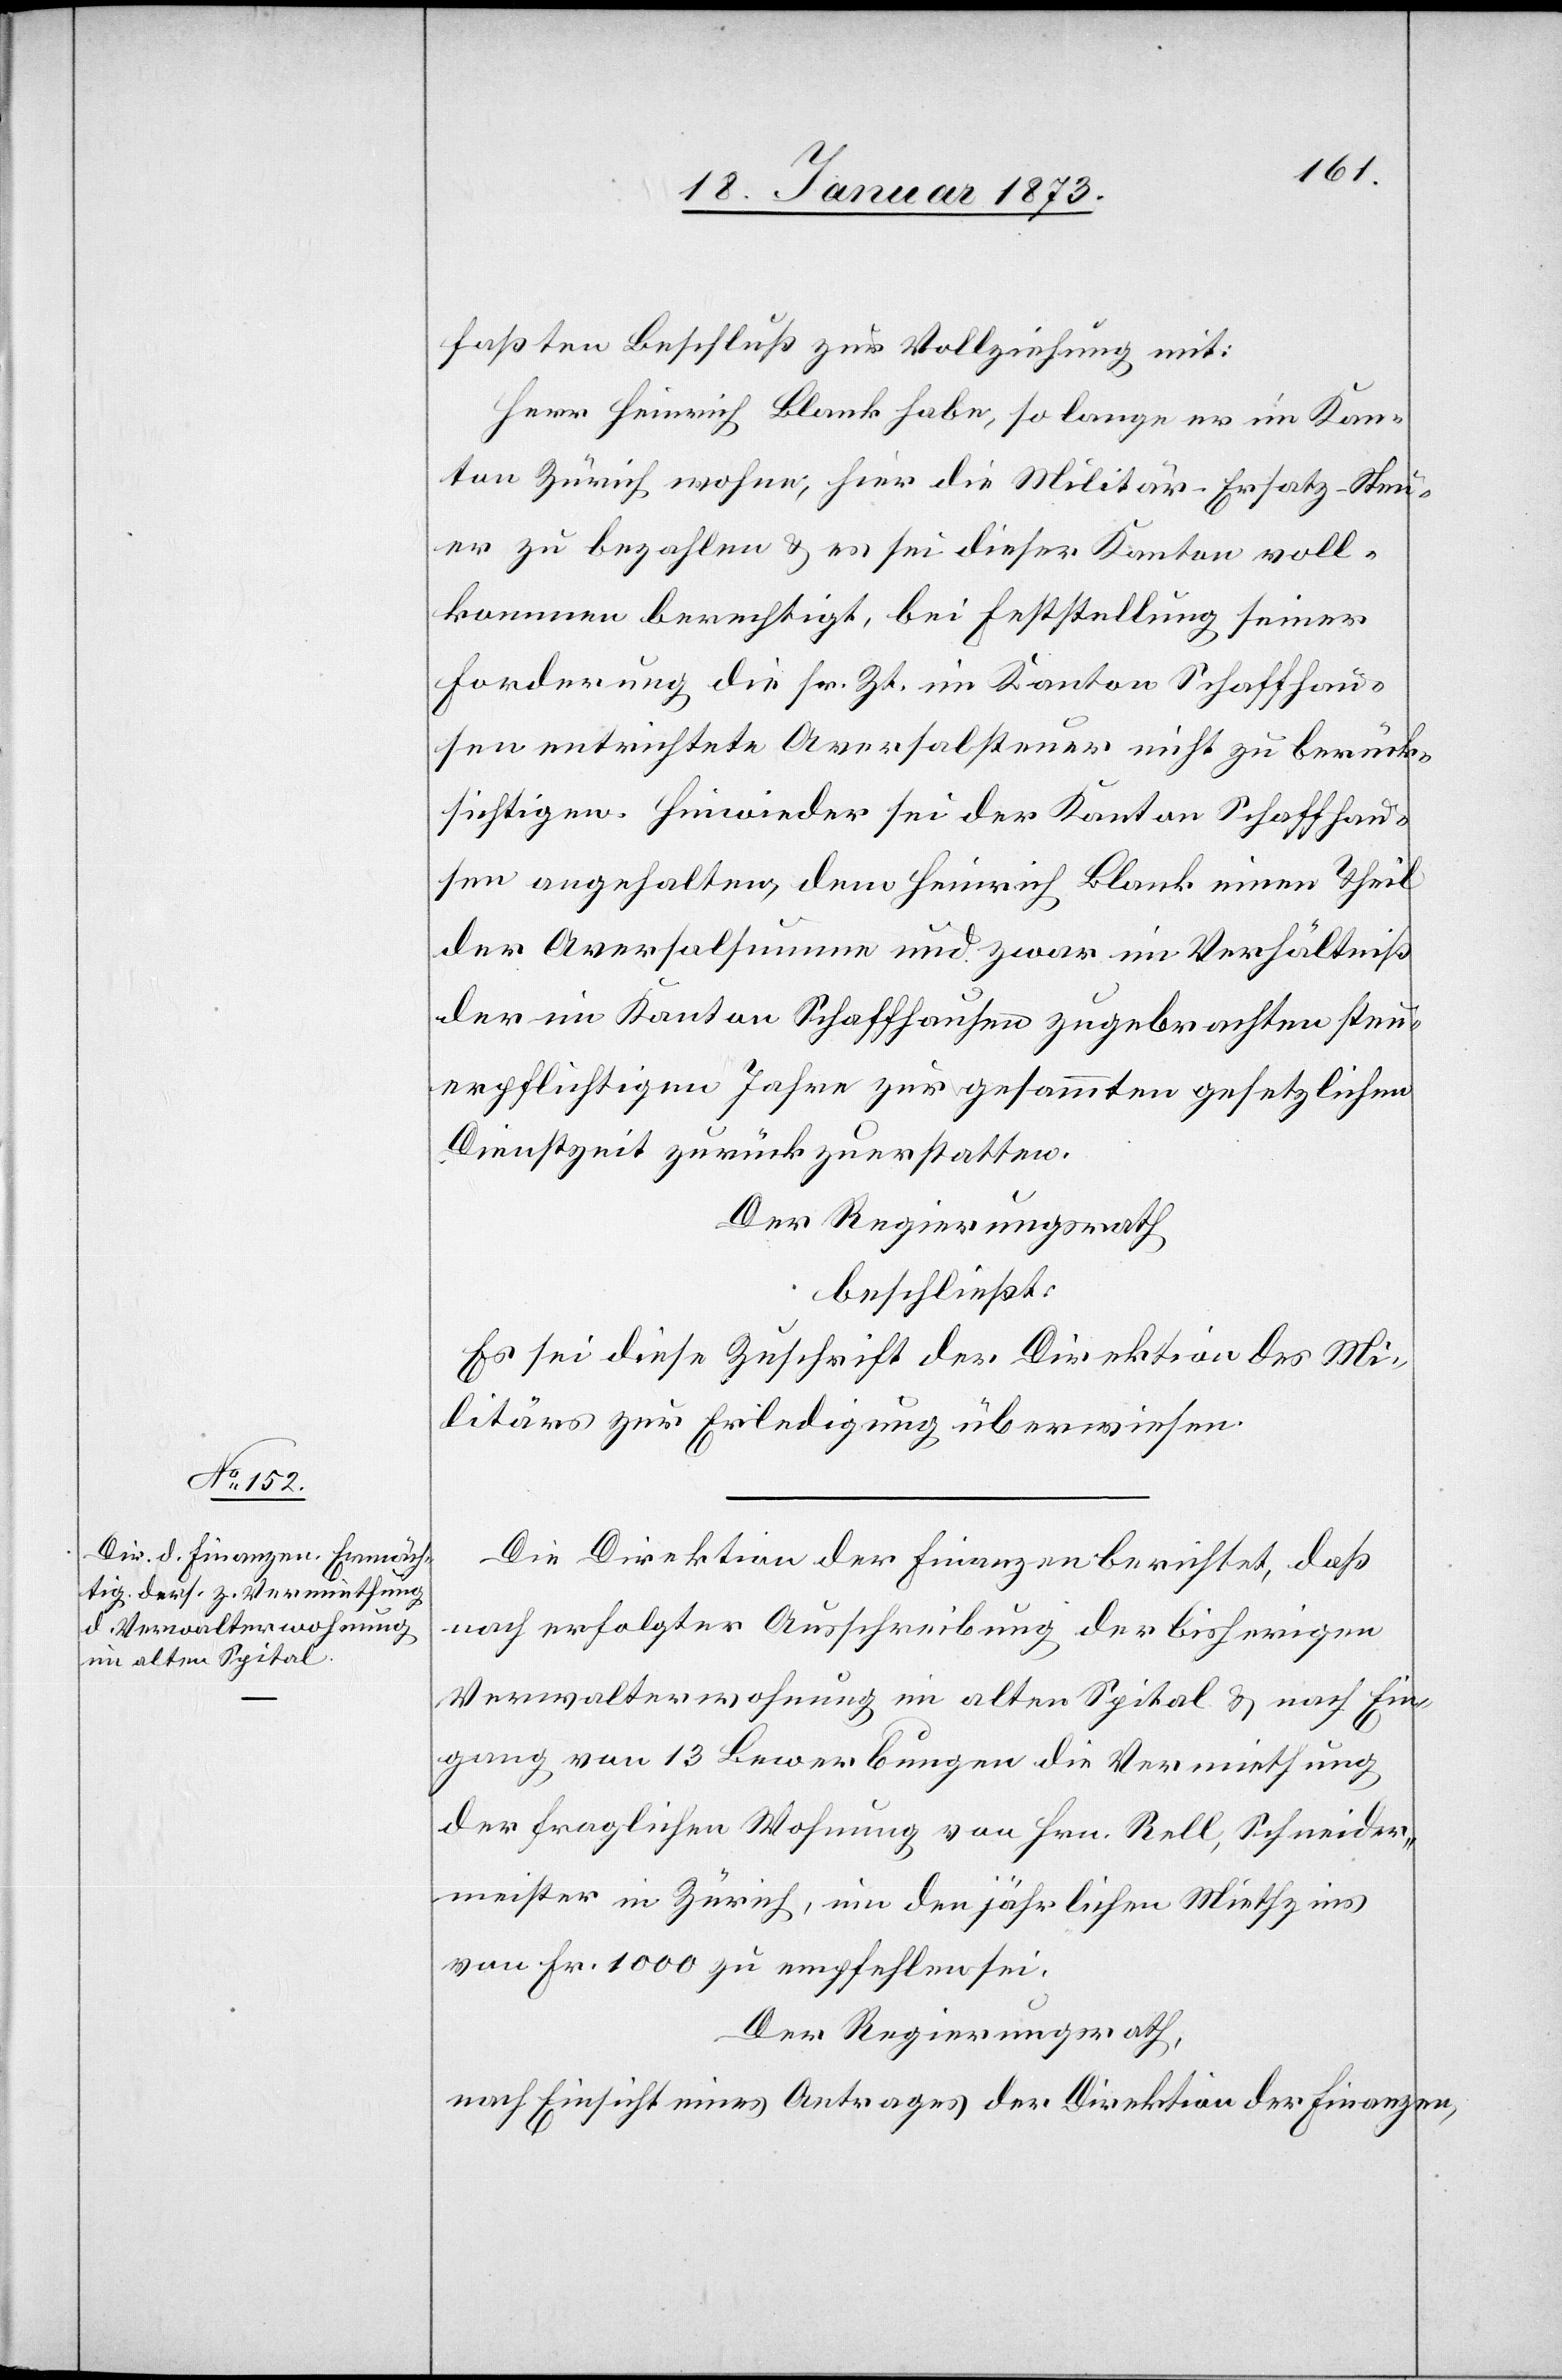
faßten Beschluß zur Vollziehung mit:
Herr Heinrich Blank habe, so lange er im Kan¬
ton Zürich wohne, hier die Militär-Ersatz-Steu¬
er zu bezahlen u. es sei dieser Kanton voll¬
kommen berechtigt, bei Feststellung seiner
Forderung die sr. Zt. im Kanton Schaffhau¬
sen entrichtete Aversalsteuer nicht zu berück¬
sichtigen. Hinwieder sei der Kanton Schaffhau¬
sen angehalten, dem Heinrich Blank einen Theil
der Aversalsumme und zwar im Verhältniß
der im Kanton Schaffhausen zugebrachten steu¬
erpflichtigen Jahre zur gesammten gesetzlichen
Dienstzeit zurückzuerstatten.
Der Regierungsrath
beschließt:
Es sei diese Zuschrift der Direktion des Mi¬
litärs zur Erledigung überwiesen.
Die Direktion der Finanzen berichtet, daß
nach erfolgter Ausschreibung der bisherigen
Verwalterwohnung im alten Spital u. nach Ein¬
gang von 13 Bewerbungen die Vermiethung
der fraglichen Wohnung von Hrn. Rell, Schneider¬
meister in Zürich, um den jährlichen Miethzins
von Fr. 1000 zu empfehlen sei.
Der Regierungsrath,
Nach Einsicht eines Antrages der Direktion der Finanzen,